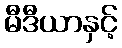
မီဒီယာနှင့်